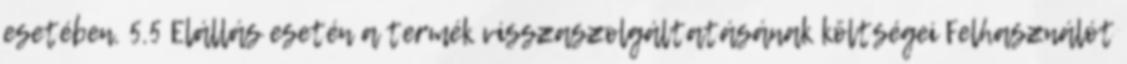
esetében. 5.5 Elállás esetén a termék visszaszolgáltatásának költségei Felhasználót